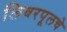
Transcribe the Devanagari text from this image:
लिवरपूलचे